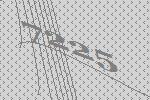
7225